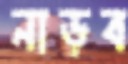
নাড়ব